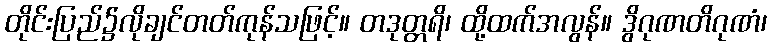
တိုင်းပြည်၌လိုချင်တတ်ကုန်သဖြင့်။ တဒုတ္တရိ၊ ထို့ထက်အလွန်။ ဒွိဂုဏတိဂုဏံ၊